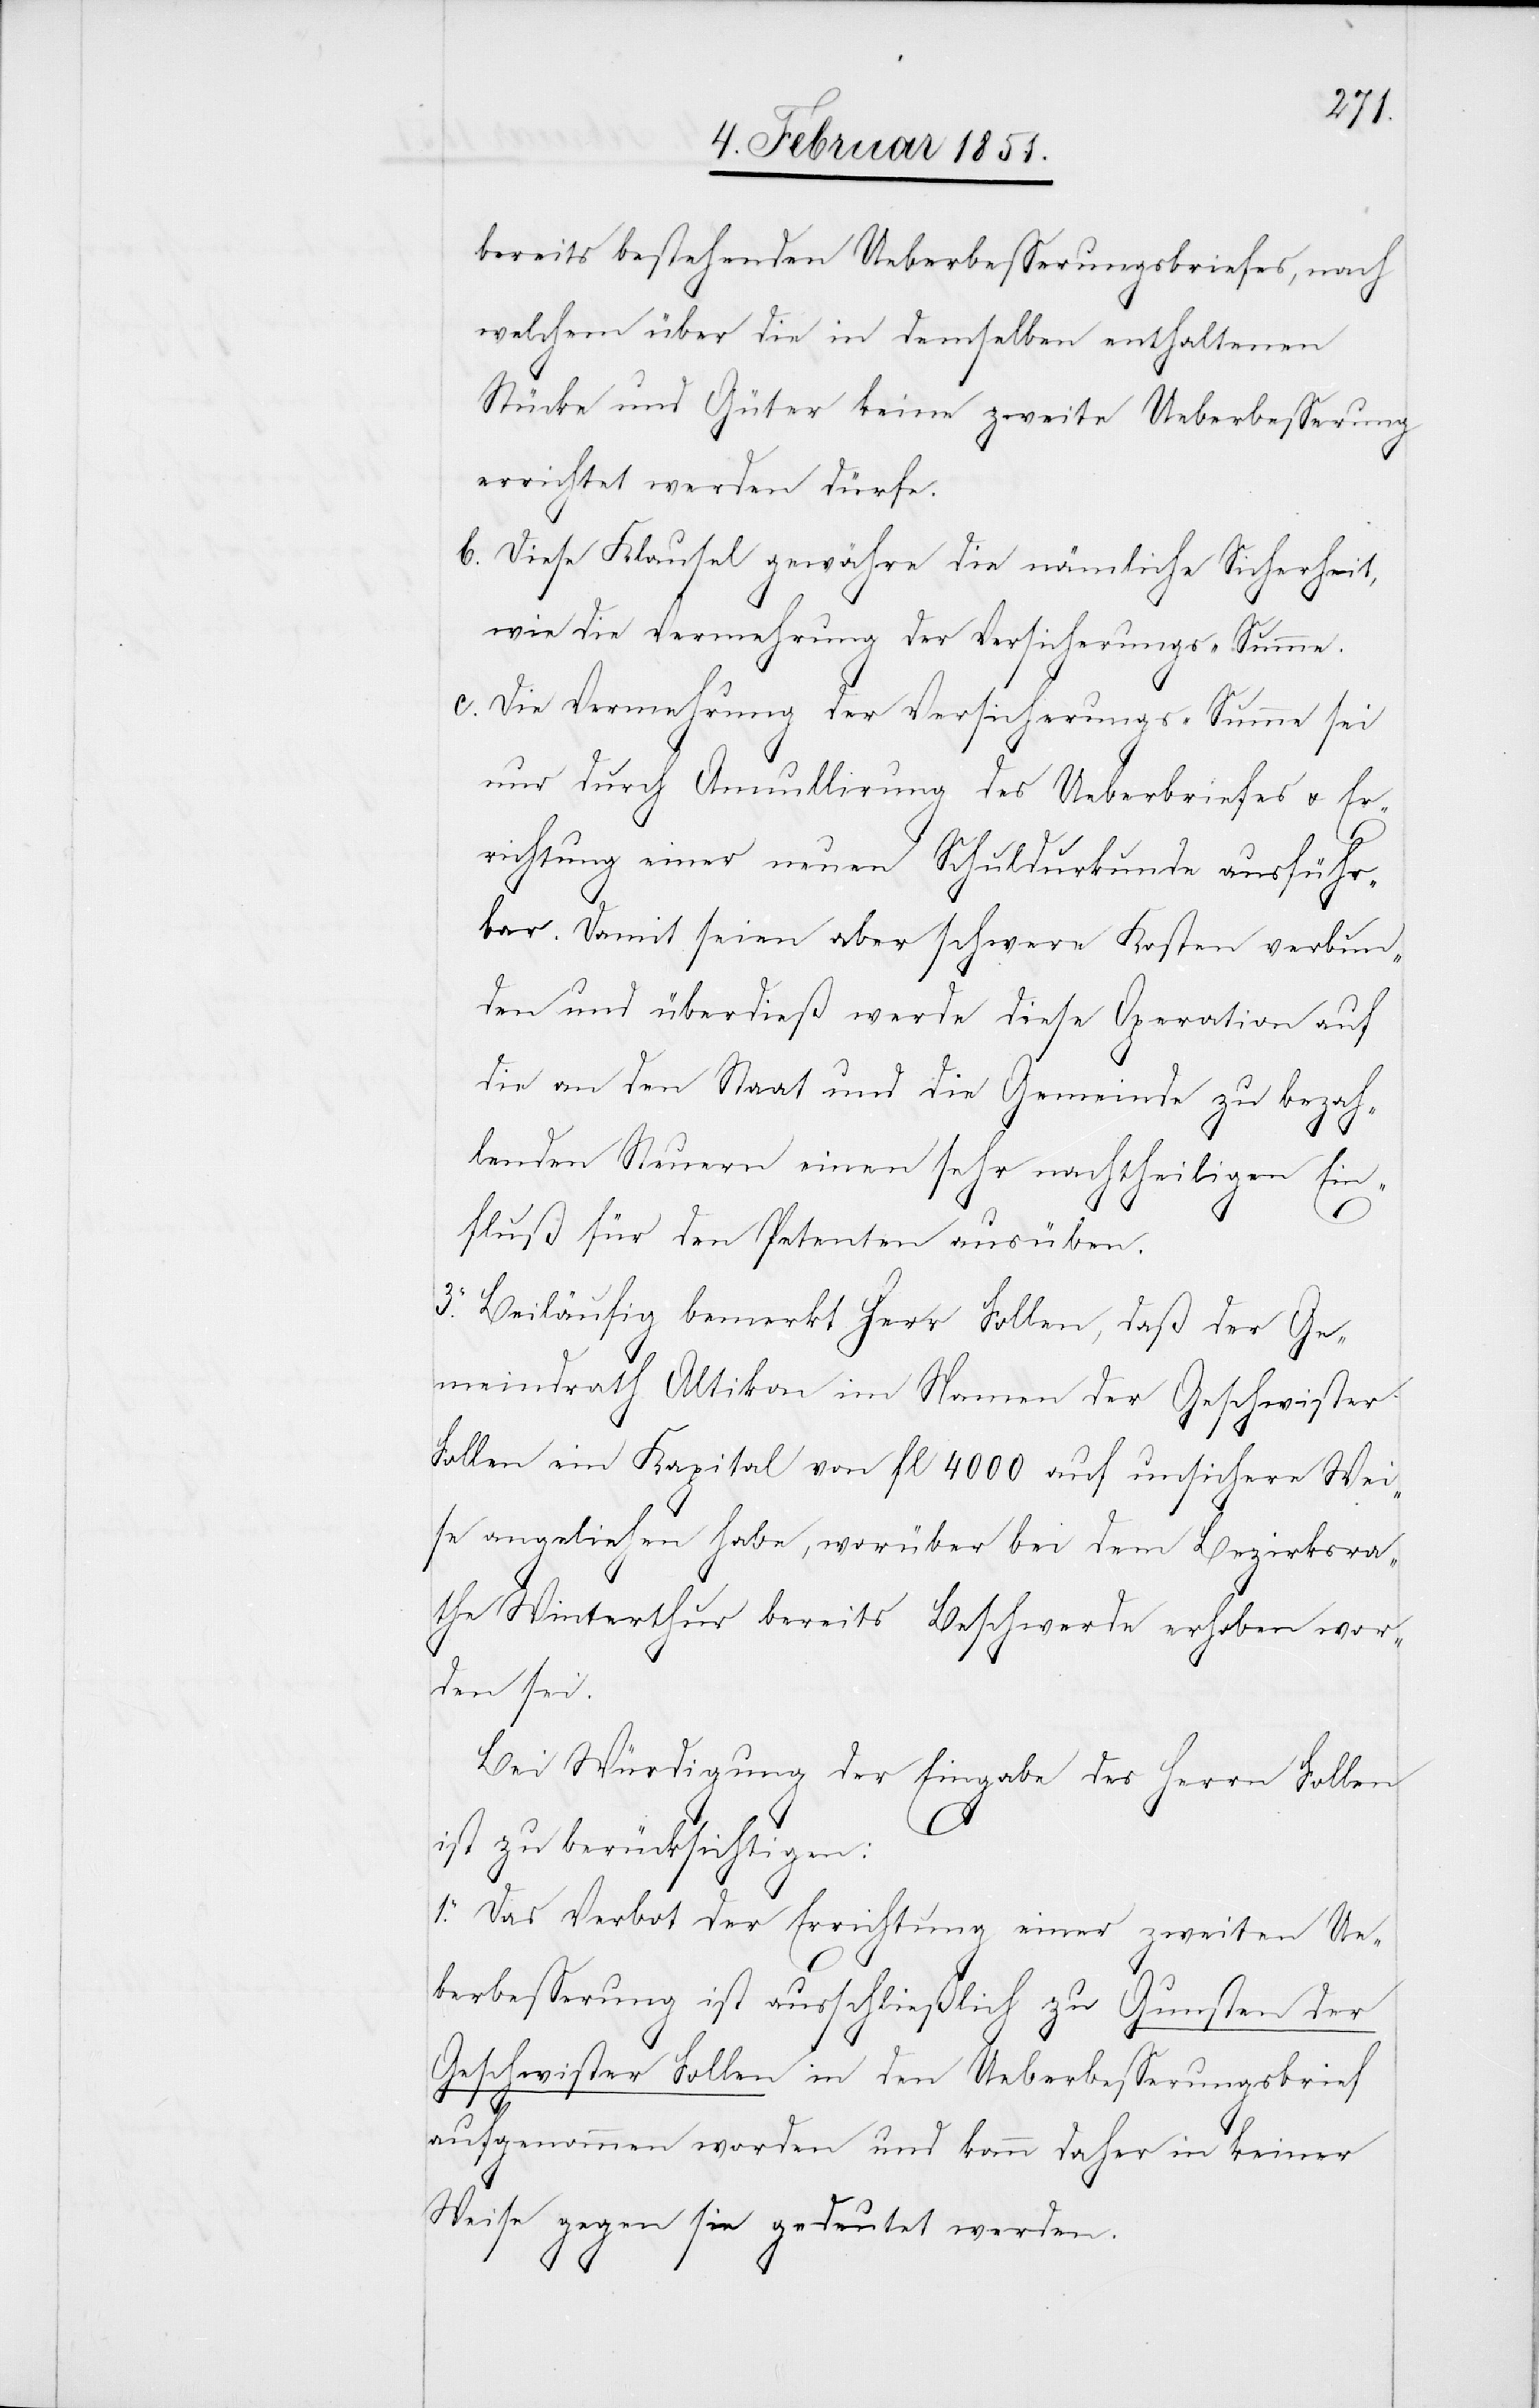
bereits bestehenden Ueberbesserungsbriefes, nach
welchem über die in demselben enthaltenen
Stücke und Güter keine zweite Ueberbesserung
errichtet werden dürfe.
Diese Klausel gewähre die nämliche Sicherheit,
wie die Vermehrung der Versicherungs-Summe.
Die Vermehrung der Versicherungs-Summe sei
nur durch Annullirung des Ueber[besserungs]brie¬
richtung einer neuen Schuldurkunde ausführ¬
bar. Damit seien aber schwere Kosten verbun¬
den und überdieß werde diese Operation auf
die an den Staat und die Gemeinde zu bezah¬
lenden Steuern einen sehr nachtheiligen Ein¬
fluß für den Petenten ausüben.
3. Beiläufig bemerkt Herr Follen, daß der Ge¬
meindrath Altikon im Namen der Geschwister
Follen ein Kapital von fl 4000 auf unsichere Wei¬
se angeliehen habe, worüber bei dem Bezirksra¬
the Winterthur bereits Beschwerde erhoben wor¬
den sei.
Bei Würdigung der Eingabe des Herrn Follen
ist zu berücksichtigen:
1. Das Verbot der Errichtung einer zweiten Ue¬
berbesserung ist ausschließlich zu Gunsten der
Geschwister Follen in den Ueberbesserungsbrief
Er¬
aufgenommen worden und kann daher in keiner
Weise gegen sie gedeutet werden.